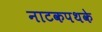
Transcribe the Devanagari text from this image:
नाटकपथके